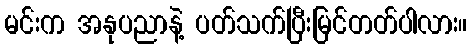
မင်းက အနုပညာနဲ့ ပတ်သက်ပြီးမြင်တတ်ပါလား။